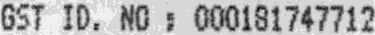
GST ID. NO : 000181747712